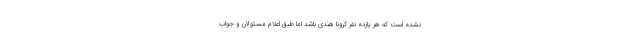
نشده است که هر یازده نفر کرونا هندی باشد اما طبق اعلام مسئولان و جواب